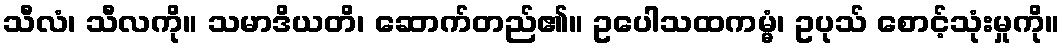
သီလံ၊ သီလကို။ သမာဒိယတိ၊ ဆောက်တည်၏။ ဥပေါသထကမ္မံ၊ ဥပုသ် စောင့်သုံးမှုကို။